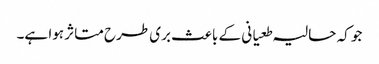
جو کہ حالیہ طعیانی کے باعث بری طرح متاثر ہوا ہے۔